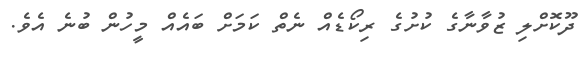
ދޫކޮށްލި ޒުވާނާގެ ކުށުގެ ރިކޯޑެއް ނެތް ކަމަށް ބައެއް މީހުން ބުނެ އެވެ.